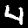
Digit: 4